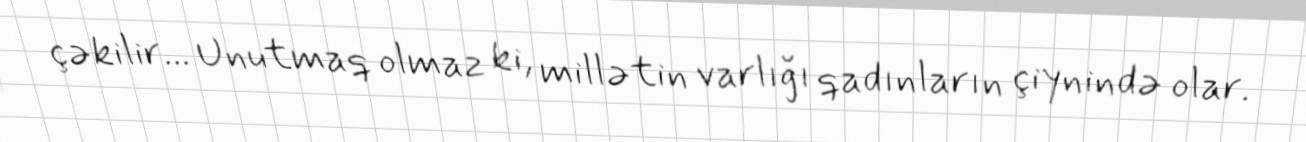
çəkilir... Unutmaq olmaz ki, millətin varlığı qadınların çiynində olar.